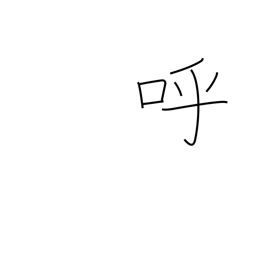
Meaning: invite